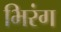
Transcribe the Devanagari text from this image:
भिरंग